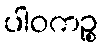
ပါဝကဉ္စ